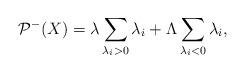
LaTeX: \begin{align*}\mathcal{P}^-(X)=\lambda\sum_{\lambda_i>0}\lambda_i+\Lambda\sum_{\lambda_i<0}\lambda_i,\end{align*}